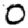
Digit: 0